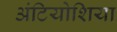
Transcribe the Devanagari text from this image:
अंटियोशिया